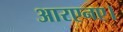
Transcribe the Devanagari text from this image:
आरएनए।